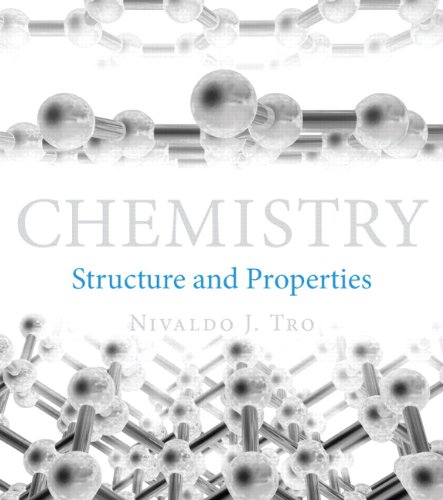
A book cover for Chemistry: Structure and Properties; Nivaldo J. Tro; Science & Math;